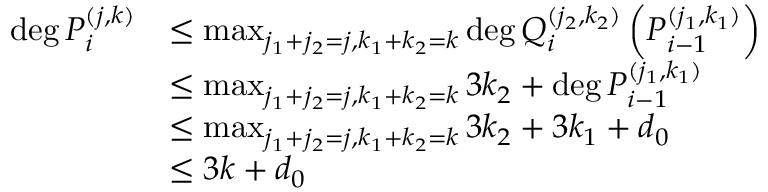
\begin{array} { r l } { \deg P _ { i } ^ { ( j , k ) } } & { \leq \operatorname* { m a x } _ { j _ { 1 } + j _ { 2 } = j , k _ { 1 } + k _ { 2 } = k } \deg Q _ { i } ^ { ( j _ { 2 } , k _ { 2 } ) } \left( P _ { i - 1 } ^ { ( j _ { 1 } , k _ { 1 } ) } \right) } \\ & { \leq \operatorname* { m a x } _ { j _ { 1 } + j _ { 2 } = j , k _ { 1 } + k _ { 2 } = k } 3 k _ { 2 } + \deg P _ { i - 1 } ^ { ( j _ { 1 } , k _ { 1 } ) } } \\ & { \leq \operatorname* { m a x } _ { j _ { 1 } + j _ { 2 } = j , k _ { 1 } + k _ { 2 } = k } 3 k _ { 2 } + 3 k _ { 1 } + d _ { 0 } } \\ & { \leq 3 k + d _ { 0 } } \end{array}